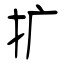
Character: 扩